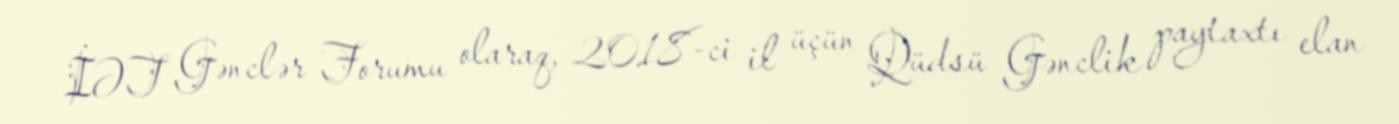
İƏT Gənclər Forumu olaraq, 2018-ci il üçün Qüdsü Gənclik paytaxtı elan